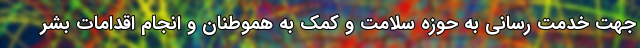
جهت خدمت رسانی به حوزه سلامت و کمک به هموطنان و انجام اقدامات بشر